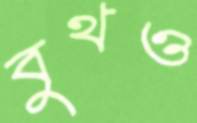
বুথও